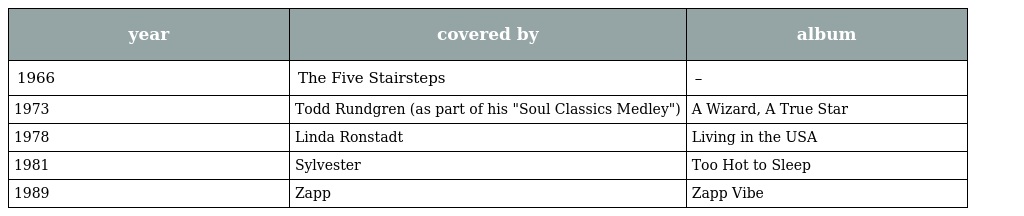
| year | covered by | album |
 | --- | --- | --- |
 | 1966 | The Five Stairsteps | – |
 | 1973 | Todd Rundgren (as part of his "Soul Classics Medley") | A Wizard, A True Star |
 | 1978 | Linda Ronstadt | Living in the USA |
 | 1981 | Sylvester | Too Hot to Sleep |
 | 1989 | Zapp | Zapp Vibe |